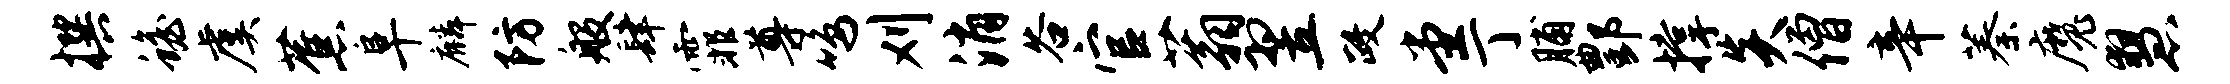
撰蟾虞蕉阜麟防般肆霏尊鸣刈消谷官蓊翌政堂丁脯酆撑炎僧辛蓁魔慧